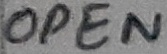
Text: OPEN